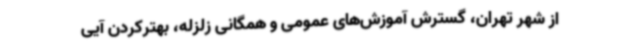
از شهر تهران، گسترش آموزش‌های عمومی و همگانی زلزله، بهتر‌کردن آیی